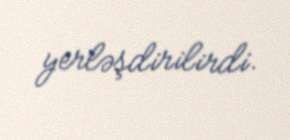
yerləşdirilirdi.